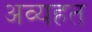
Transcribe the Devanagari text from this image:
अव्यहत